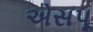
એસપૂ